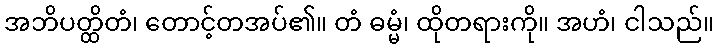
အဘိပတ္ထိတံ၊ တောင့်တအပ်၏။ တံ ဓမ္မံ၊ ထိုတရားကို။ အဟံ၊ ငါသည်။